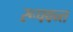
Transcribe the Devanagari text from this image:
रूपवन्त